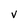
Character: v